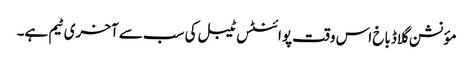
مؤنشن گلاڈباخ اس وقت پوائنٹس ٹیبل کی سب سے آخری ٹیم ہے۔